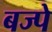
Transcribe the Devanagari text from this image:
बज्पे